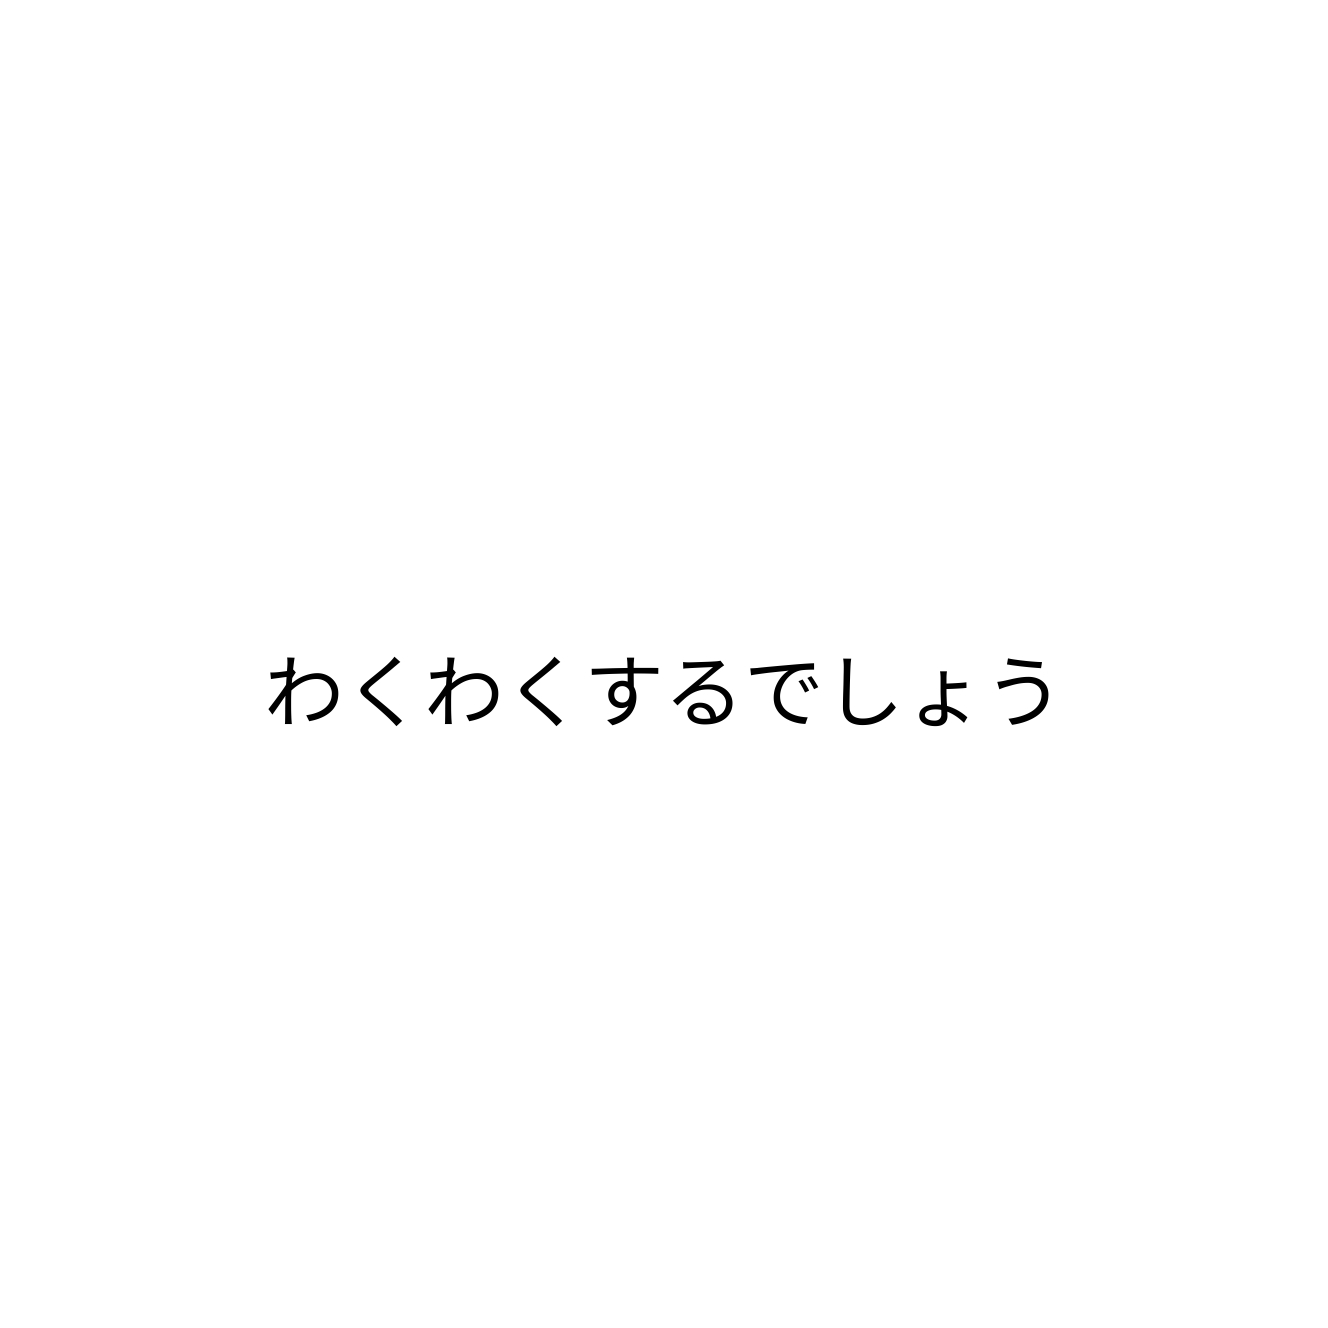
わくわくするでしょう